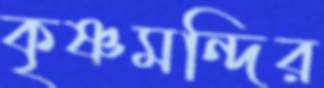
কৃষ্ণমন্দির